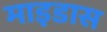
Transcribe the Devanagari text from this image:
माइडास